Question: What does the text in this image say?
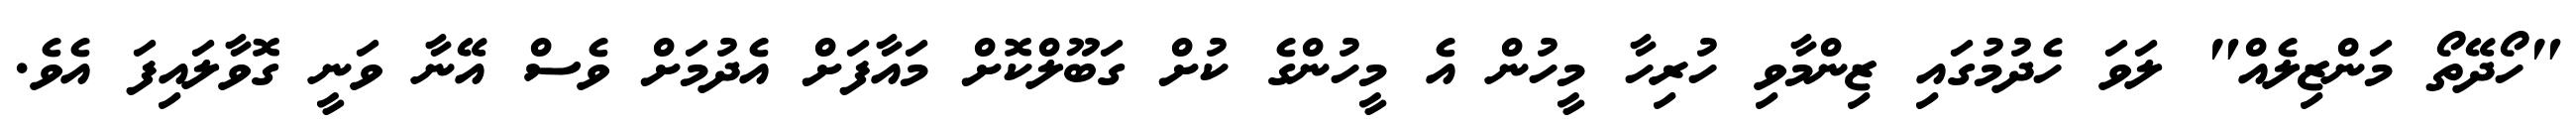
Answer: "ހޯދޭތޯ މަންޒިލެއް" ލަވަ ހެދުމުގައި ޒިންމާވި ހުރިހާ މީހުން އެ މީހުންގެ ކުށް ގަބޫލްކޮށް މައާފަށް އެދުމަށް ވެސް އޭނާ ވަނީ ގޮވާލައިފަ އެވެ.